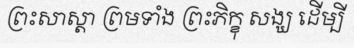
ព្រះសាស្តា ព្រមទាំង ព្រះភិក្ខុ សង្ឃ ដើម្បី